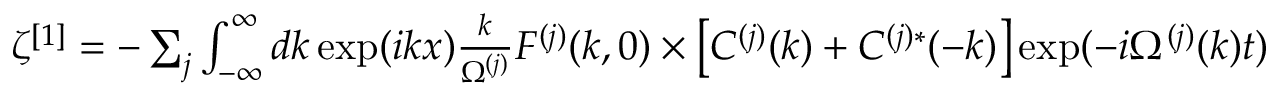
\begin{array} { r } { \zeta ^ { [ 1 ] } = - \sum _ { j } \int _ { - \infty } ^ { \infty } d k \exp ( i k x ) \frac { k } { \Omega ^ { ( j ) } } F ^ { ( j ) } ( k , 0 ) \times \left[ C ^ { ( j ) } ( k ) + C ^ { ( j ) * } ( - k ) \right] \exp ( - i \Omega ^ { ( j ) } ( k ) t ) } \end{array}